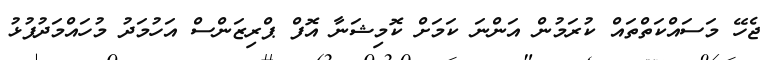
ޖެހޭ މަސައްކަތްތައް ކުރަމުން އަންނަ ކަމަށް ކޮމިޝަނާ އޮފް ޕްރިޒަންސް އަހުމަދު މުހައްމަދުފުޅު